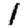
Digit: 1